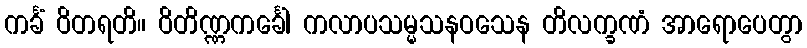
ကင်္ခံ ဝိတရတိ။ ဝိတိဏ္ဏကင်္ခေါ ကလာပသမ္မသနဝသေန တိလက္ခဏံ အာရောပေတွာ